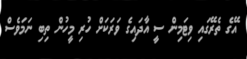
އޭގެ ތެރޭގައި ވިޓަމިން ސީ އާދައިގެ ވަރަކަށް ހުރި މީހުން ތިބި ނަމަވެސް